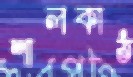
শালকাঠ